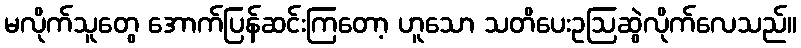
မလိုက်သူတွေ အောက်ပြန်ဆင်းကြတော့ ဟူသော သတိပေးဥဩဆွဲလိုက်လေသည်။